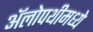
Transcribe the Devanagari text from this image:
अॅलोपथीमध्ये